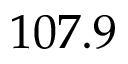
1 0 7 . 9